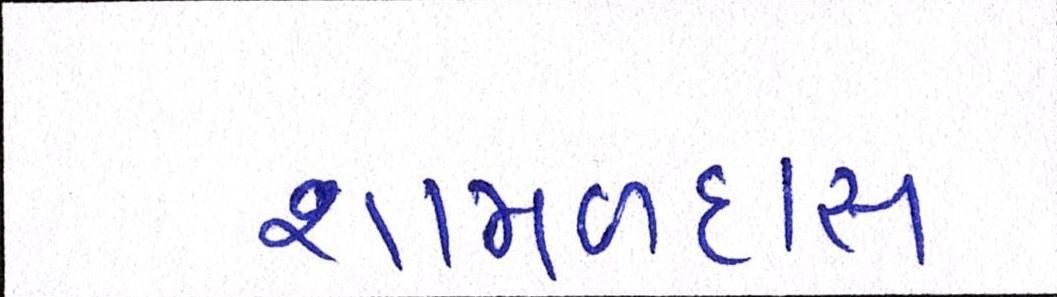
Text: શામળદાસ